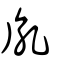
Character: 胤